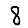
Digit: 8